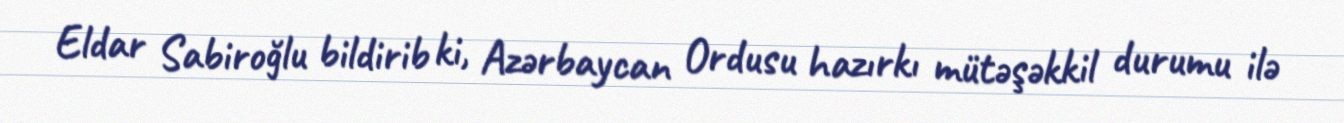
Eldar Sabiroğlu bildirib ki, Azərbaycan Ordusu hazırkı mütəşəkkil durumu ilə